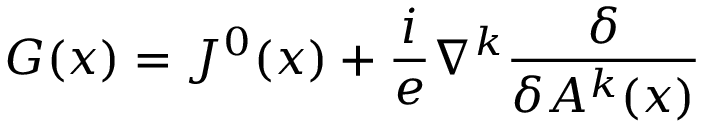
G ( x ) = J ^ { 0 } ( x ) + \frac i e \nabla ^ { k } \frac \delta { \delta A ^ { k } ( x ) }